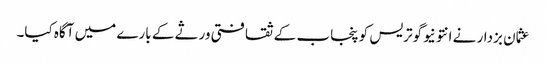
عثمان بزدار نے انتونیوگوتریس کو پنجاب کے ثقافتی ورثے کے بارے میں آگاہ کیا۔